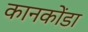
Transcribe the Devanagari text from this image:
कानकोंडा